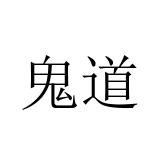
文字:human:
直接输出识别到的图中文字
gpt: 鬼道